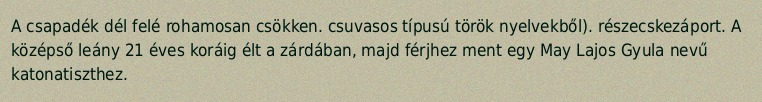
A csapadék dél felé rohamosan csökken. csuvasos típusú török nyelvekből). részecskezáport. A középső leány 21 éves koráig élt a zárdában, majd férjhez ment egy May Lajos Gyula nevű katonatiszthez.